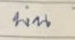
บน